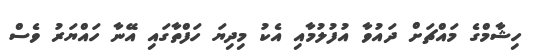
ހިޝާމްގެ މައްޗަށް ދައުވާ އުފުލުމާއި އެކު މިދިޔަ ހަފްތާގައި އޭނާ ހައްޔަރު ވެސް